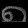
Digit: ၈